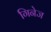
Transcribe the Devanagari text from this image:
गिनेज